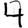
Digit: 4